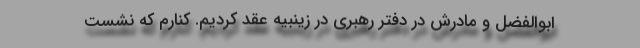
ابوالفضل و مادرش در دفتر رهبری در زینبیه عقد کردیم. کنارم که نشست